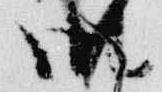
御